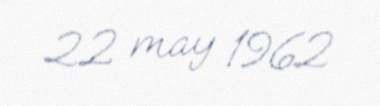
22 may 1962